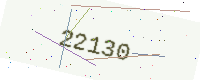
Text: 22130